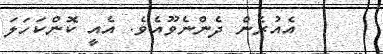
އެއުރެން ދެންނެވޫއެވެ. އެއީ ކޮންކަހަލަ